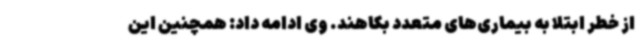
از خطر ابتلا به بیماری‌های متعدد بکاهند. وی ادامه داد: همچنین این